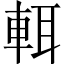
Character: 𨌀